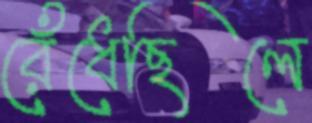
রেঁধেছিলে